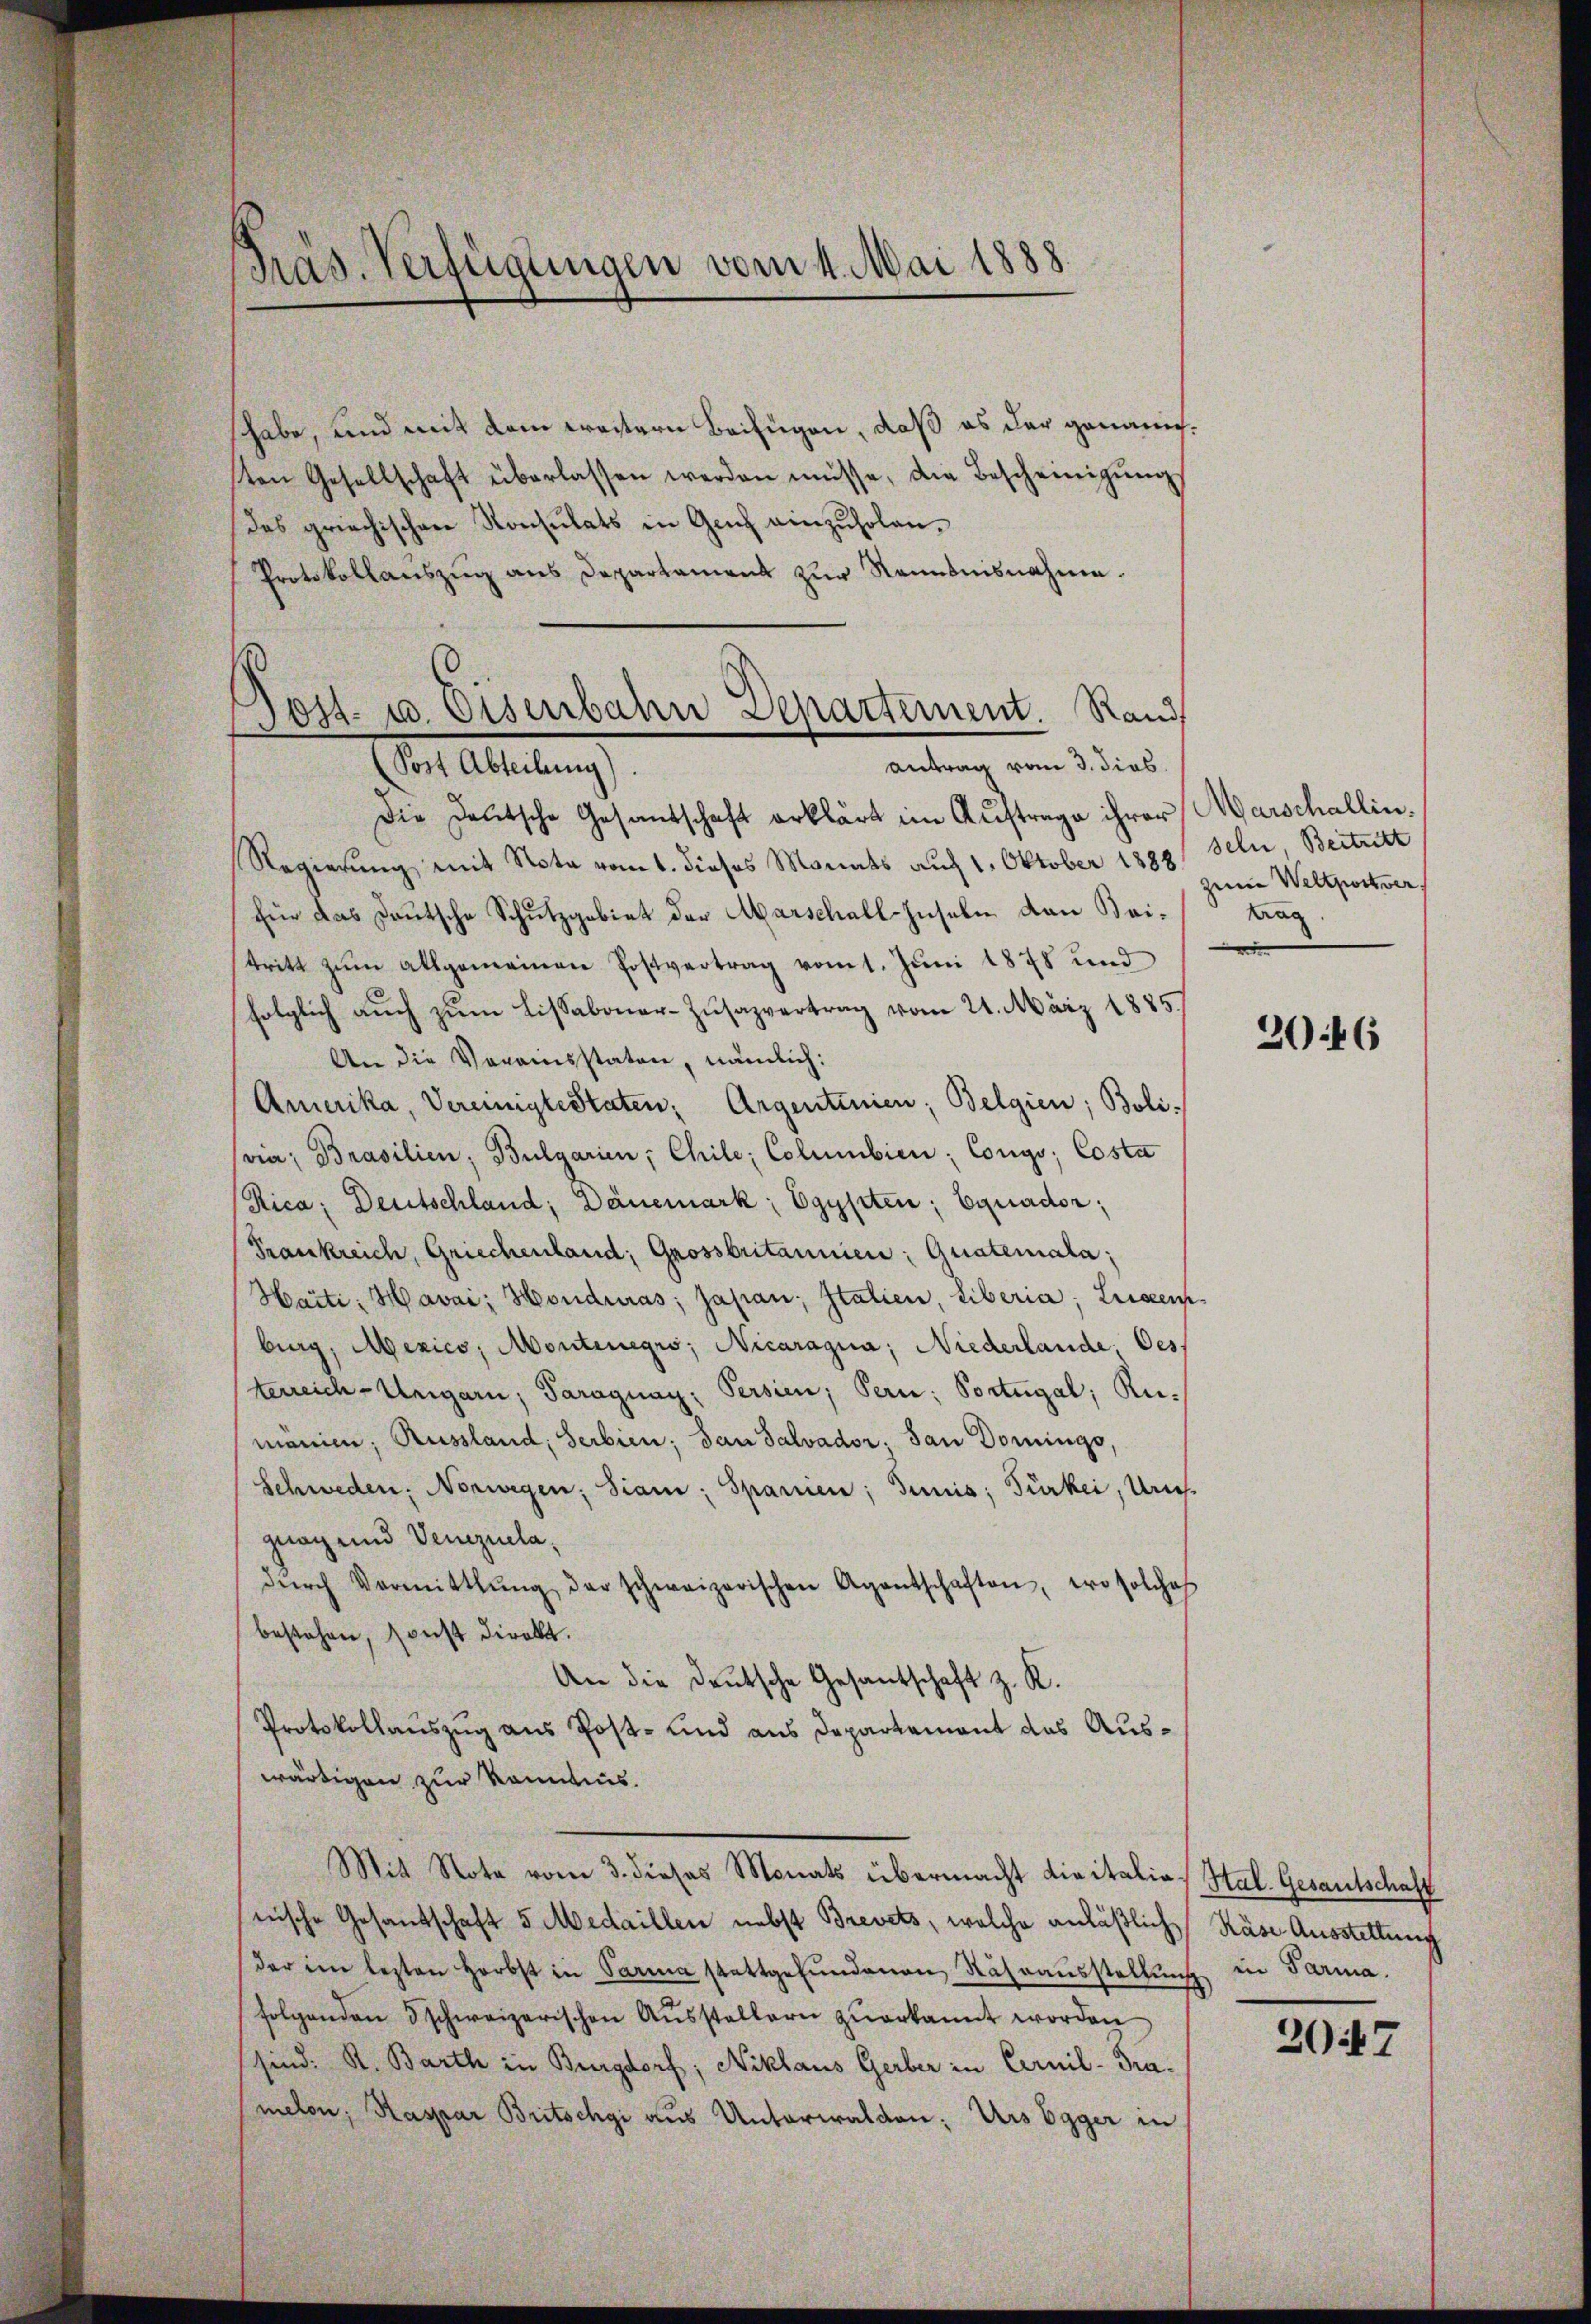
Pras. Verfügungen vom 4. Mai 1888.

habe, und mit dem weitern Beifügen, daß es der genauigsten Gesellschaft überlassen werden müsse, die Bescheinigŭng
des griechischen Konsulats in Geich einzuholen.
Protokollauszug aus Departament zur Kenntnisnahme.
ost- u. Eisenbahn Separtement. Rand

antrag vom 3. dies
In Abelung

Die Deutsche Gesandschaft erklärt im Auftrage ihrer Marschallin¬
Regierung mit Nota vom 1. dieses Manats auf 1. Oktober 1888.
für das Deutsche Schutzgebiet der Marschall-Inseln den Beitritt zŭm allgemeinen Postvertrag vom 1. Jŭni 1878 und
folglich auch zum Lissaboner-Zusazvertrag vom 21. März 1885/
An die Verainsstaten, nämlich:
Amerika, Vereinigtestaten; Argentinien; Belgien; Boli-
via; Brasilien, Bulgarien, Chile; Columbien: Congo; Costa
Rica; Deutschland; Dänemark, Egypten; Equader;
Prankreich, Griechenland, Grossbritannien: Guateriala;
Haiti, Havai; Honduas; Japan, Italien, Liberia, Liesen
burg, Mexico, Montenegis, Nicaragua; Niederlande, Oes
terreich-Ungarn, Paraguay; Persien; Bern; Portugal; Rumänien, Russland, Serbien; dan Salvador. San Domings,
Schweden, Norwegen; Siam; Spaniien; Seniis; Türkei, Ursgeog und Venezueladŭrch Vormittlung der schweizerischen Agentschaften, wo solches
bestehen, sonst direkt.
An die Deutsche Gesantschaft z. R.
Protokollauszug aus Post- und aus Departament das Auswärtigen zur Kenntnis.
Mit Note vom 3. dieses Monats übermacht die italias Hal. Gesantschaft
nische Gesandschaft 5 Medaillen nebst Brevets, welche anläßlich
der im lezten Herbst in Parma stattgefundenen Nährausstellung
folgenden 5 schweizerischen Aŭsstellern zŭerkannt worden
sind: K. Barth in Burgdorf; Niklaus Gerber in Cernil-Tra-
melon; Kaspar Britschgi aus Unterwalden: Urs Egger in

seln, Beitritt
zum Weltportver
trag.

2046

Käse Ausstellung
in Parma.

2047